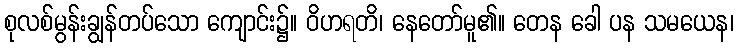
စုလစ်မွန်းချွန်တပ်သော ကျောင်း၌။ ဝိဟရတိ၊ နေတော်မူ၏။ တေန ခေါ ပန သမယေန၊